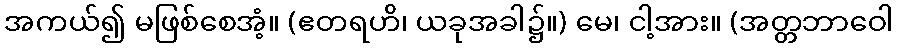
အကယ်၍ မဖြစ်စေအံ့။ (ဧတရဟိ၊ ယခုအခါ၌။) မေ၊ ငါ့အား။ (အတ္တဘာဝေါ